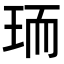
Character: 𭹄